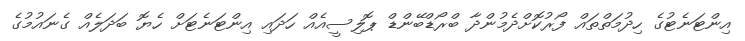
އިންޓަނެޓުގެ ހިދުމަތްތައް ފޯރުކޮށްދެމުންދާ ބްރޯޑްބޭންޑް ޕޮލިސީއެއް ހަދައި އިންޓަނެޓަށް ހެޔޮ ބަދަލެއް ގެނައުމުގެ